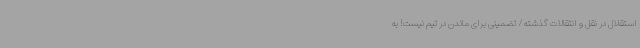
استقلال در نقل‌ و انتقالات گذشته/ تضمینی برای ماندن در تیم نیست! به